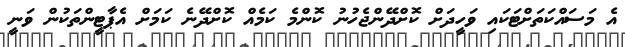
އެ މަސައްކަތަށްޓަކައި ވަހީދަށް ކޮށްދޭންޖެހުނު ކޮންމެ ކަމެއް ކޮށްދޭނެ ކަމަށް އެޕާޓީންތަކުން ވަނީ